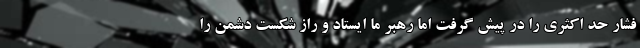
فشار حد اکثری را در پیش گرفت اما رهبر ما ایستاد و راز شکست دشمن را